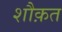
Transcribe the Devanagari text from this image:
शौक़त